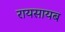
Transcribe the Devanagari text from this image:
रायसायब